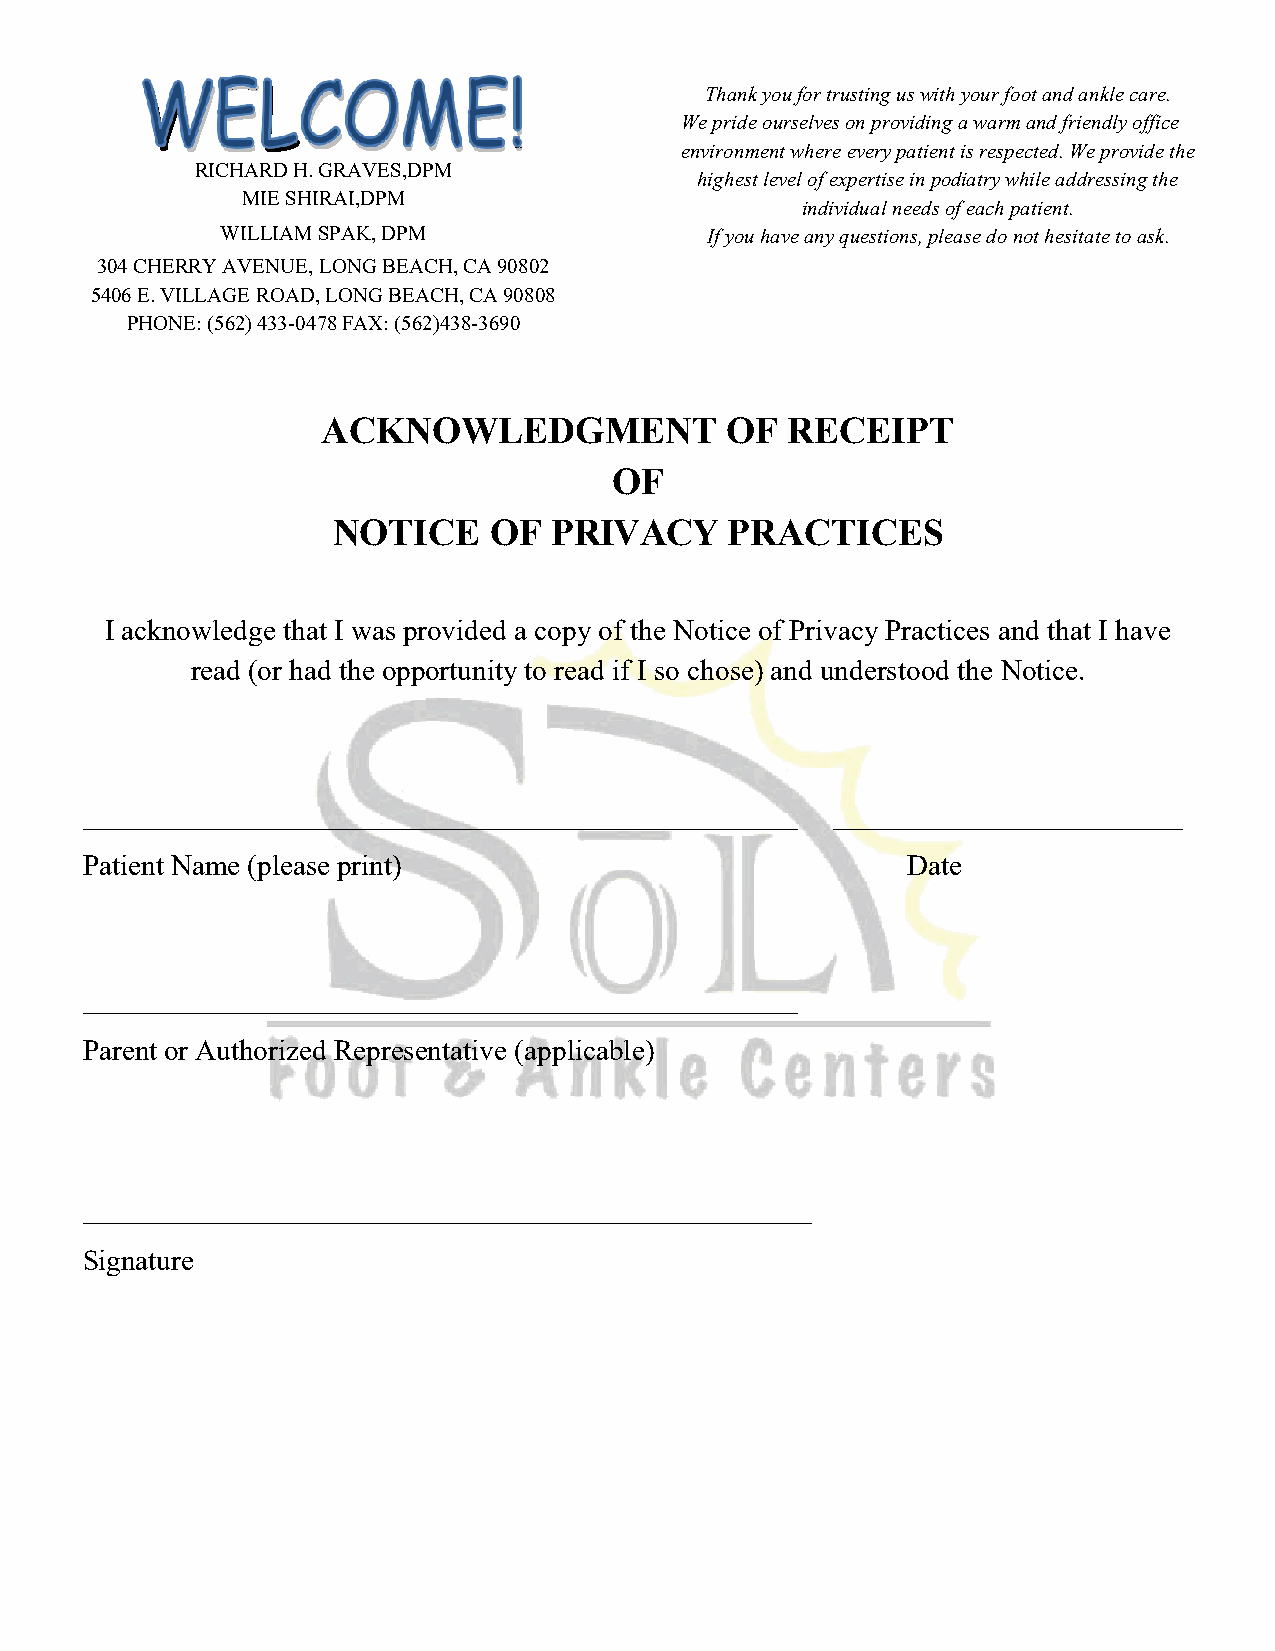
Thank you for trusting us with your foot and ankle care.
 We pride ourselves on providing a warm and friendly office
 environment where every patient is respected. We provide the
 RICHARD H. GRAVES,DPM
 highest level of expertise in podiatry while addressing the
 MIE SHIRAI,DPM
 individual needs of each patient.
 WILLIAM SPAK, DPM               If you have any questions, please do not hesitate to ask.
 304 CHERRY AVENUE, LONG BEACH, CA 90802
 5406 E. VILLAGE ROAD, LONG BEACH, CA 90808
 PHONE: (562) 433-0478 FAX: (562)438-3690
 ACKNOWLEDGMENT             OF  RECEIPT
 OF
 NOTICE    OF   PRIVACY    PRACTICES
 I acknowledge that I was provided a copy of the Notice of Privacy Practices and that I have
 read (or had the opportunity to read if I so chose) and understood the Notice.
 Patient Name (please print)                            Date
 Parent or Authorized Representative (applicable)
 Signature